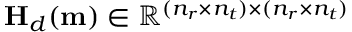
\mathbf { H } _ { d } ( \mathbf { m } ) \in \mathbb { R } ^ { ( n _ { r } \times n _ { t } ) \times ( n _ { r } \times n _ { t } ) }